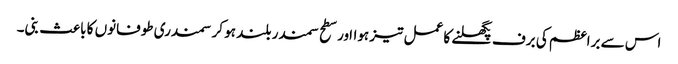
اس سے براعظم کی برف پگھلنے کا عمل تیز ہوااور سطح سمندر بلند ہو کر سمندری طوفانوں کا باعث بنی۔